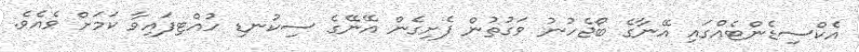
އެކްސިޑެންޓެއްގައި އޭނާގެ ބޯޖެހުނު ވަގުތުން ފެށިގެން އޭނޭގެ ސިކުނޑި ހުއްޓިފައިވާ ކަމަށް ވެއެވެ.